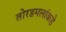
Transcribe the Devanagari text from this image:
तोरडमलांकडे